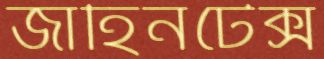
জাহিনটেক্স